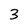
Character: 3